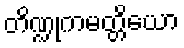
တိဏ္ဍုကမတ္တိယော